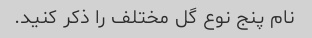
نام پنج نوع گل مختلف را ذکر کنید.